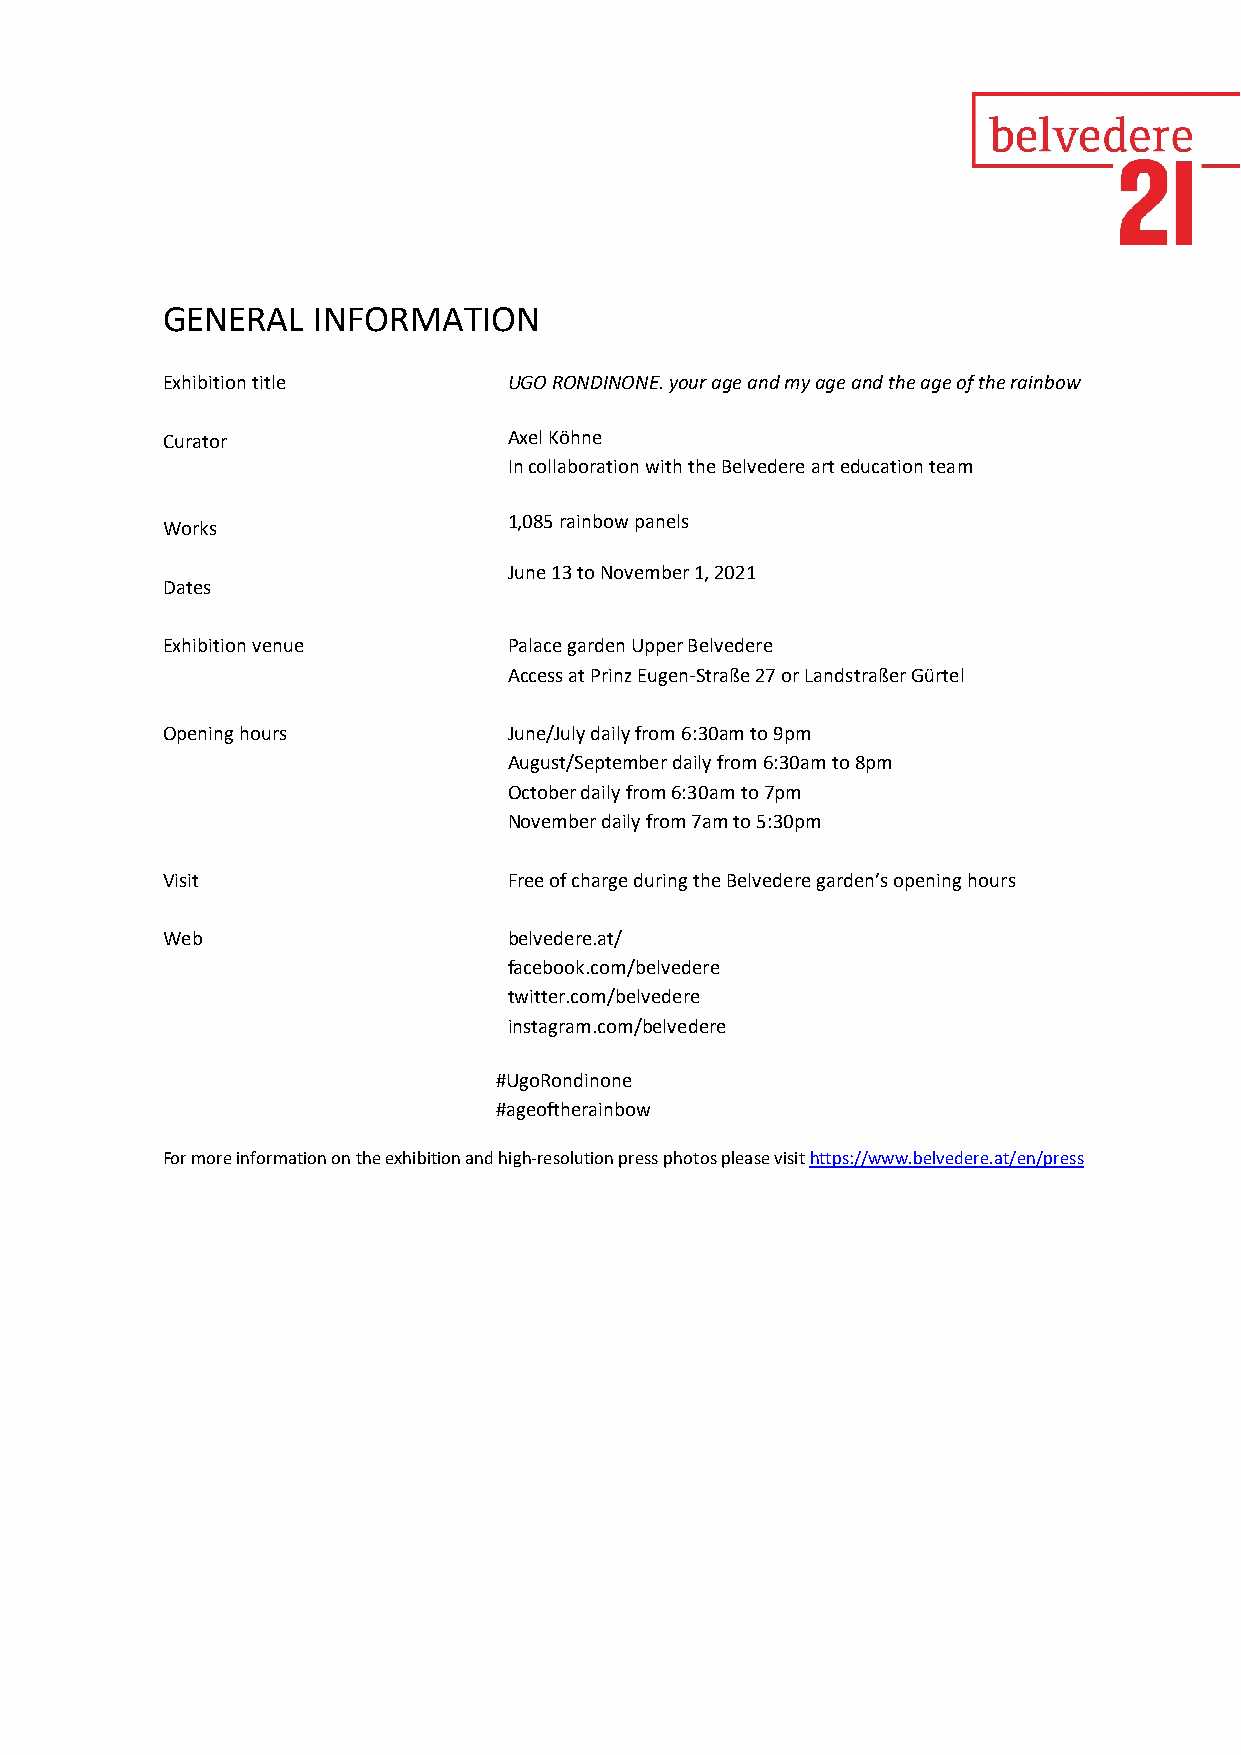
GENERAL   INFORMATION
 Exhibition title       UGO RONDINONE. your age and my age and the age of the rainbow
 Curator                Axel Köhne
 In collaboration with the Belvedere art education team
 1,085 rainbow panels
 Works
 June 13 to November 1, 2021
 Dates
 Exhibition venue       Palace garden Upper Belvedere
 Access at Prinz Eugen-Straße 27 or Landstraßer Gürtel
 Opening hours          June/July daily from 6:30am to 9pm
 August/September daily from 6:30am to 8pm
 October daily from 6:30am to 7pm
 November daily from 7am to 5:30pm
 Visit                  Free of charge during the Belvedere garden’s opening hours
 Web                    belvedere.at/
 facebook.com/belvedere
 twitter.com/belvedere
 instagram.com/belvedere
 #UgoRondinone
 #ageoftherainbow
 For more information on the exhibition and high-resolution press photos please visit https://www.belvedere.at/en/press